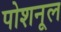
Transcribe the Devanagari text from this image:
पोशनूल